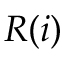
R ( i )